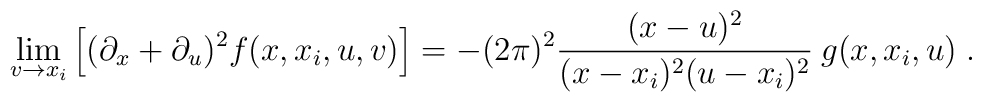
\lim_{v \to x_{i}} \left[ (\partial_{x} + \partial_{u})^{2}     f(x,x_{i},u,v) \right] = - (2\pi)^{2}     \frac{(x-u)^{2}}{(x-x_{i})^{2}(u-x_{i})^{2}}\: g(x,x_{i},u) \; .